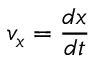
v _ { x } = { \frac { d x } { d t } }